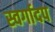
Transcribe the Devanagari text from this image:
स्वर्गादप